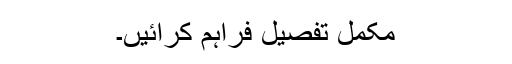
مکمل تفصیل فراہم کرائیں۔